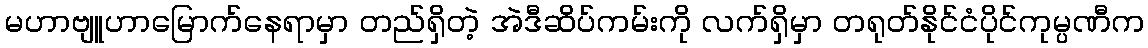
မဟာဗျူဟာမြောက်နေရာမှာ တည်ရှိတဲ့ အဲဒီဆိပ်ကမ်းကို လက်ရှိမှာ တရုတ်နိုင်ငံပိုင်ကုမ္ပဏီက